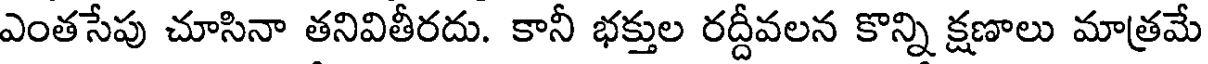
ఎంతసేపు చూసినా తనివితీరదు. కానీ భక్తుల రద్దీవలన కొన్ని క్షణాలు మాత్రమే